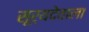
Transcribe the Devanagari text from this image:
सूर्यदेवाला